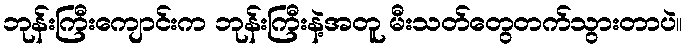
ဘုန်းကြီးကျောင်းက ဘုန်းကြီးနဲ့အတူ မီးသတ်တွေတက်သွားတာပဲ။